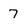
Character: 7